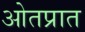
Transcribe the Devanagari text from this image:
ओतप्रात